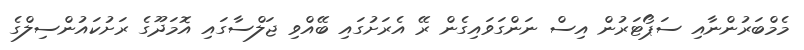
މެމްބަރުންނާއި ސަޕޯޓަރުން އިސް ނަންގަވައިގެން ރޭ އެރަށުގައި ބޭއްވި ޖަލްސާގައި އޮމަދޫގެ ރަށުކައުންސިލްގެ